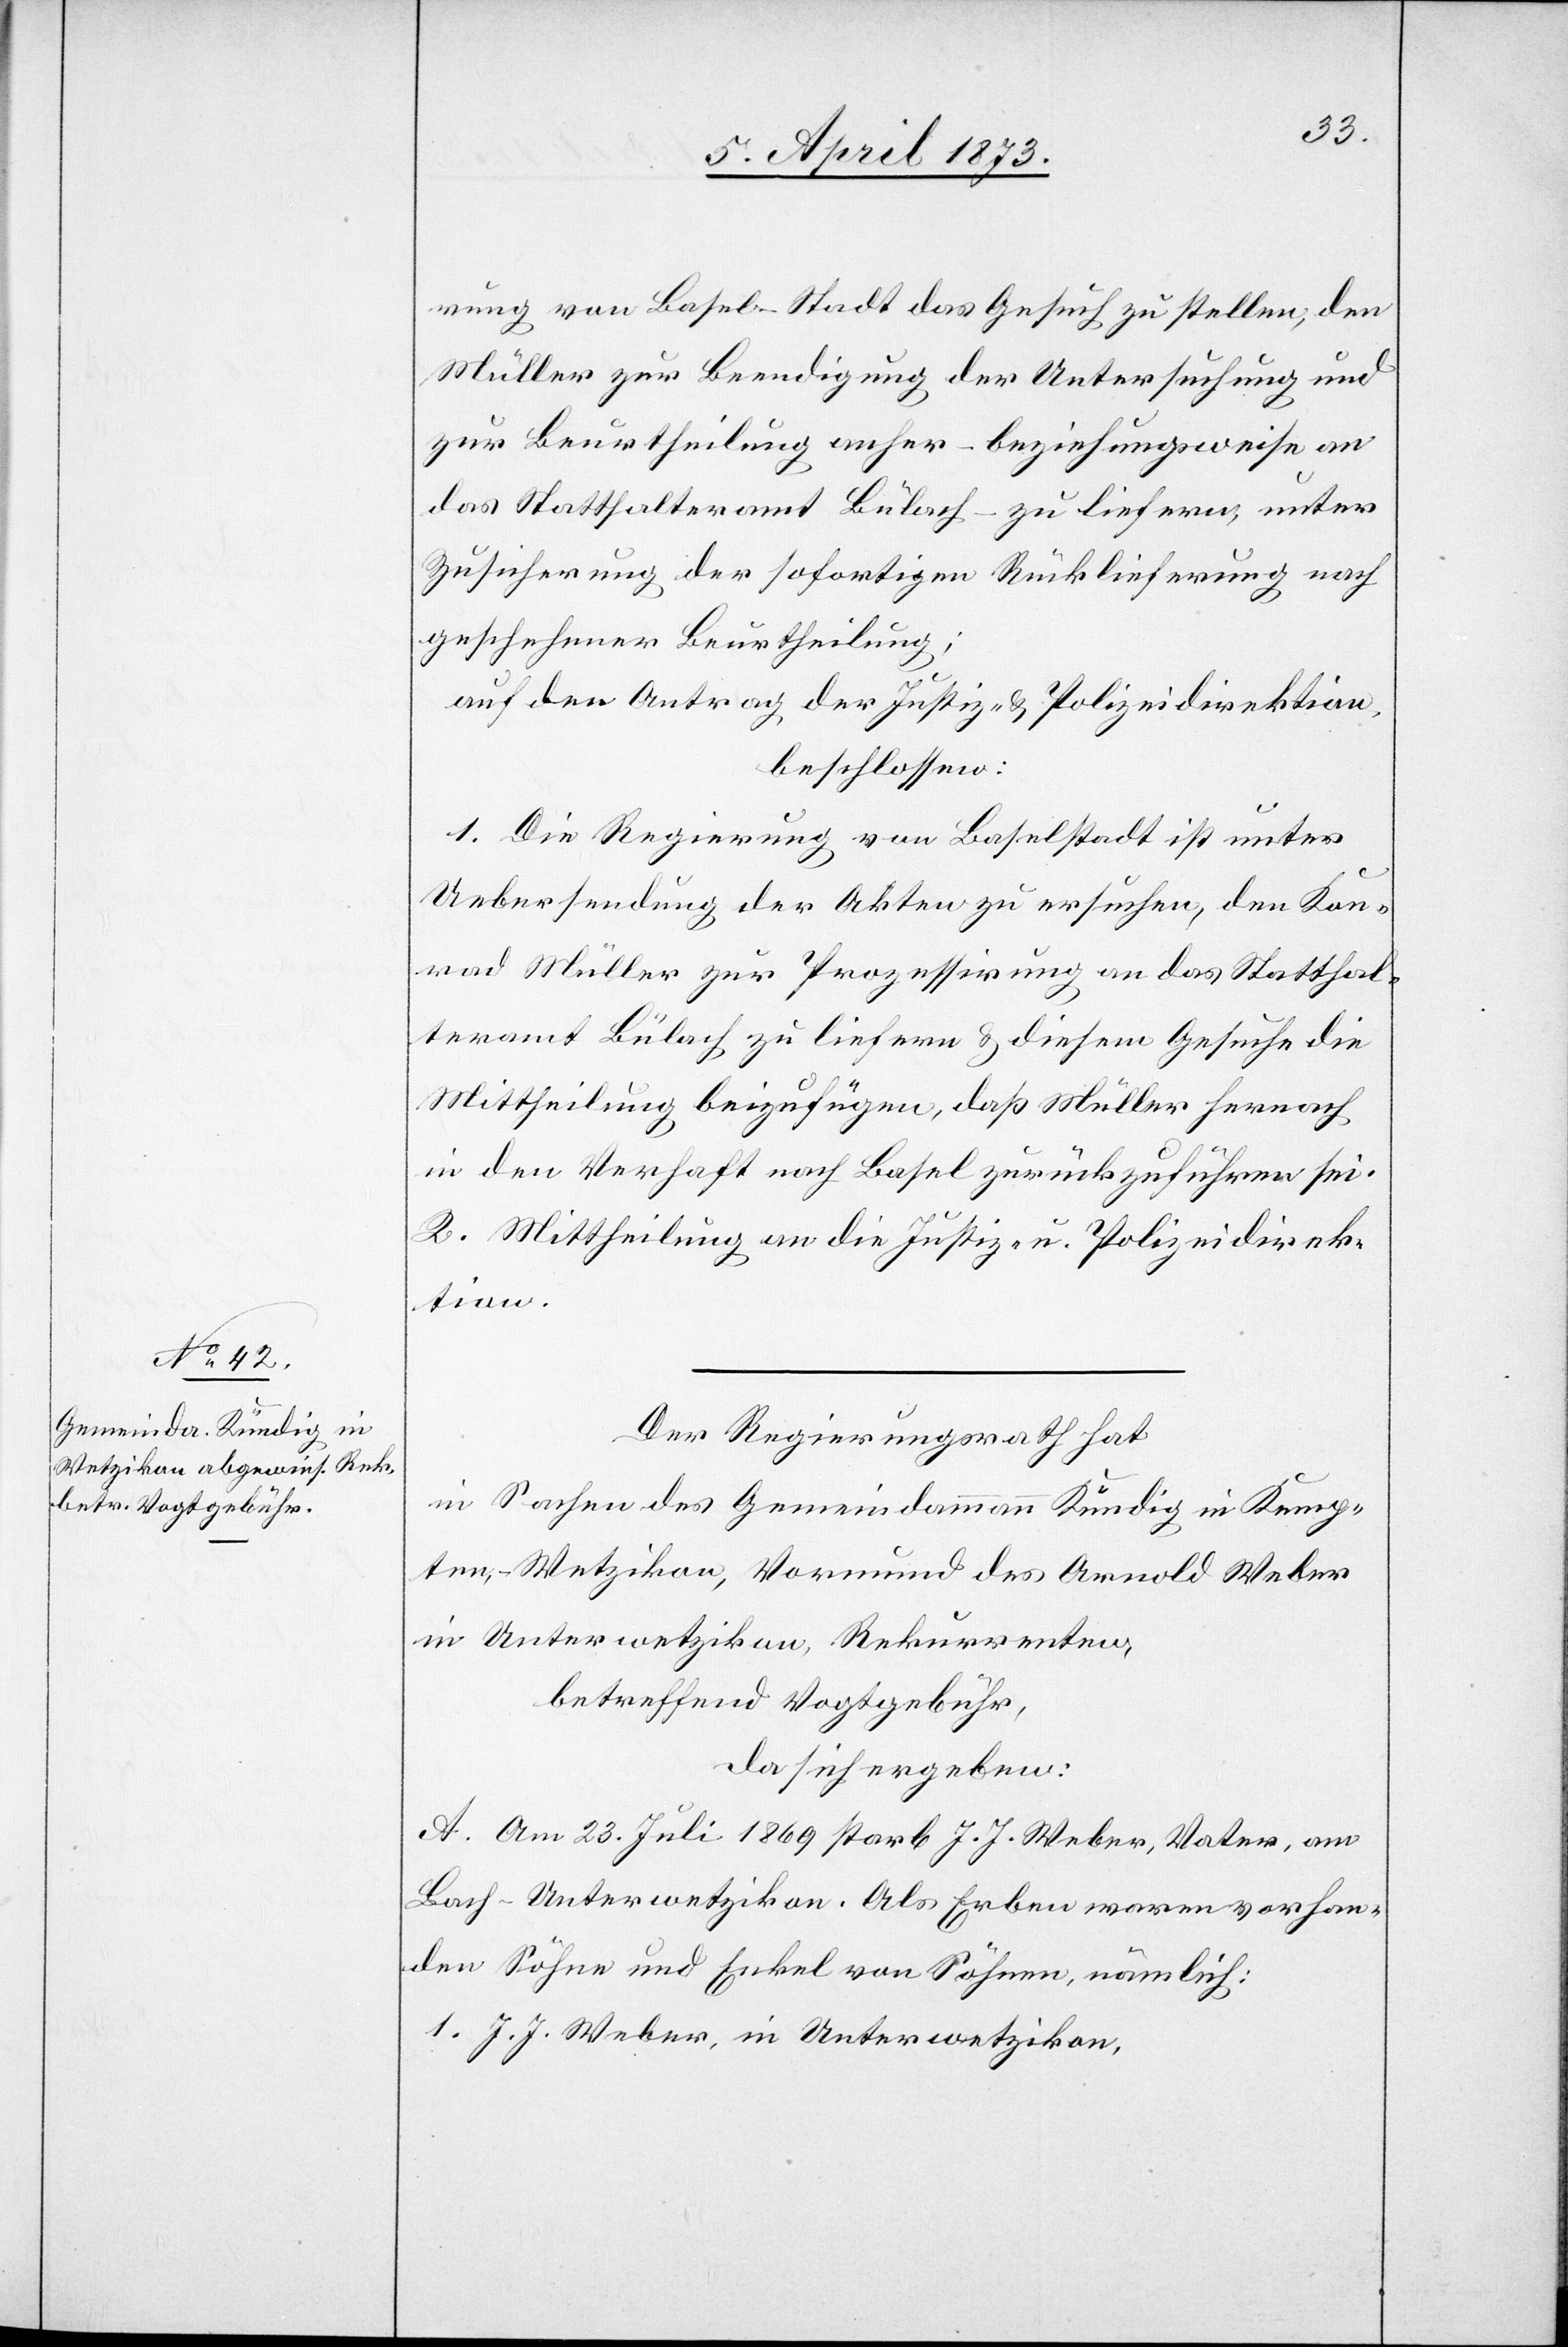
rung von Basel-Stadt das Gesuch zu stellen, den
Müller zur Beendigung der Untersuchung und
zur Beurtheilung anher – beziehungsweise an
das Statthalteramt Bülach – zu liefern, unter
Zusicherung der sofortigen Rücklieferung nach
geschehner Beurtheilung;
auf den Antrag der Justiz- u. Polizeidirektion,
beschlossen:
1. Die Regierung von Baselstadt ist unter
Uebersendung der Akten zu ersuchen, den Kon¬
rad Müller zur Prozessirung an das Statthal¬
teramt Bülach zu liefern u. diesem Gesuche die
Mittheilung beizufügen, daß Müller hernach
in den Verhaft nach Basel zurückzuführen sei.
2. Mittheilung an die Justiz- u. Polizeidirek¬
tion.
Der Regierungsrath hat
in Sachen des Gemeindammann Kündig in Kemp¬
ten, Wetzikon, Vormund des Arnold Weber
in Unterwetzikon, Rekurrenten,
betreffend Vogtgebühr,
da sich ergeben:
A. Am 23. Juli 1869 starb J. J. Weber, Vater, am
Bach-Unterwetzikon. Als Erben waren vorhan¬
den Söhne und Enkel von Söhnen, nämlich:
1. J. J. Weber, in Unterwetzikon,